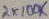
Text: 2X100K